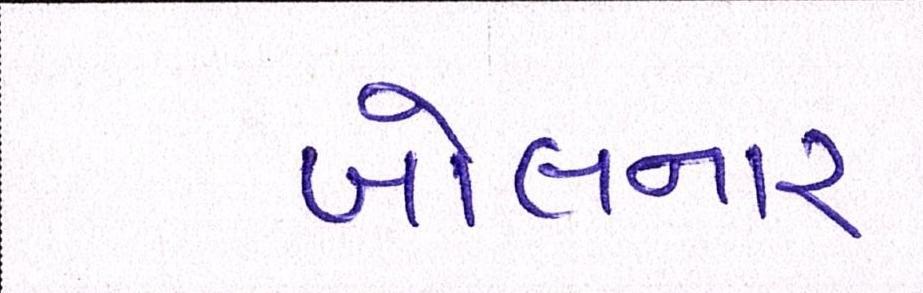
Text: બોલનાર